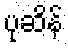
ပုဆိန်